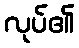
လုပ်၏